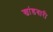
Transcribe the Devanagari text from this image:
खांडबारी